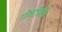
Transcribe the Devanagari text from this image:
गोष्टींनीच